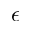
\epsilon